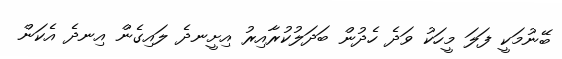
ބޭނުމަކީ ފަލަ މީހަކު ވަދެ ހެދުން ބަދަލުކުރާއިރު އިށީނދެ ލައިގެން އިނދެ އެކަން